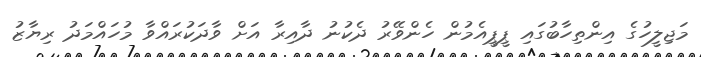
މަޖިލީހުގެ އިންތިހާބުގައި ޕީޕީއެމުން ހެންވޭރު ދެކުނު ދާއިރާ އަށް ވާދަކުރައްވާ މުހައްމަދު ރިޔާޒު